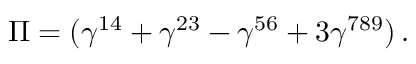
\Pi = ( \gamma ^ { 1 4 } + \gamma ^ { 2 3 } - \gamma ^ { 5 6 } + 3 \gamma ^ { 7 8 9 } ) \, .